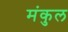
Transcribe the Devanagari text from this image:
मंकुल